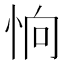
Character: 恦